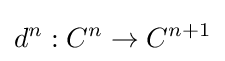
d^{n}:C^{n}\to C^{n+1}